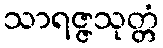
သာရဇ္ဇသုတ္တံ